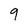
Character: 9